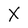
Character: X